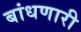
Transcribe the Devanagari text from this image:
बांधणारी